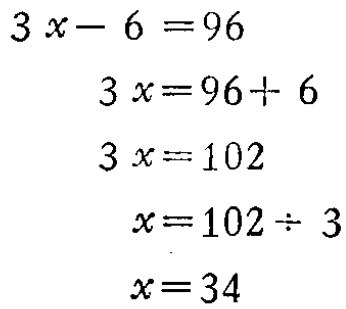
\[

\begin{align*}

3x - 6&=96\\

3x&=96 + 6\\

3x&=102\\

x&=102\div 3\\

x&=34

\end{align*}

\]